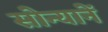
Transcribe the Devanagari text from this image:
सोन्यानें